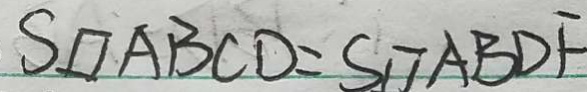
S \square A B C D = S \square A B D F